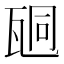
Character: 𤭆